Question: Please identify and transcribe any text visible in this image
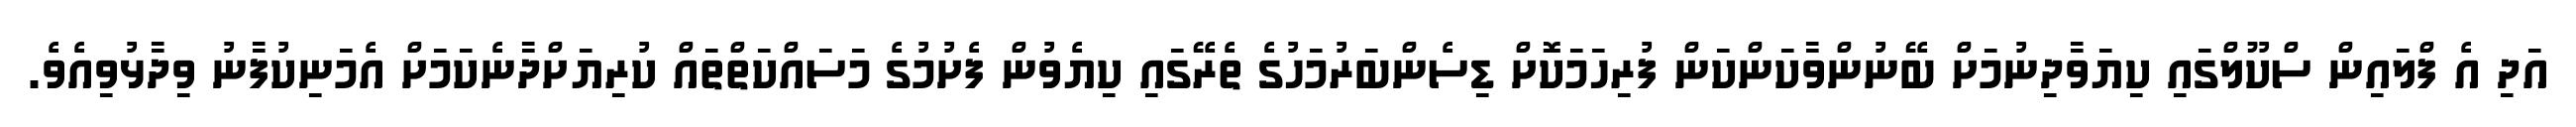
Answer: އަދި އެ ފްލައިން ސްކޫލްގައި ކިޔަވާދިނުމަށް ބޭނުންވާކަންކަން ފުރިހަމަކޮށް ޑިސެންބަރުމަހުގެ ތެރޭގައި ކިޔެވުން ފެށުމުގެ މަސައްކަތްތައް ކުރިޔަށްދާނެކަމަށް އެމަނިކުފާނު ވިދާޅުވިއެވެ.